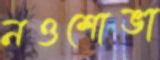
নওশোভা